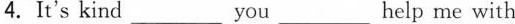
4.It's kind___ you___ help me with